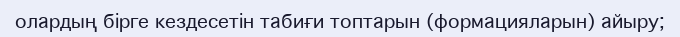
олардың бірге кездесетін табиғи топтарын (формацияларын) айыру;